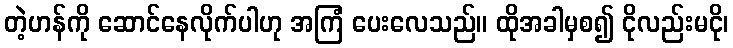
တဲ့ဟန်ကို ဆောင်နေလိုက်ပါဟု အကြံ ပေးလေသည်။ ထိုအခါမှစ၍ ငိုလည်းမငို၊